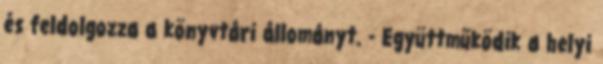
és feldolgozza a könyvtári állományt. - Együttműködik a helyi